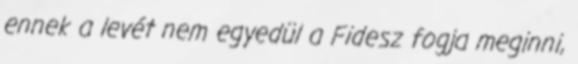
ennek a levét nem egyedül a Fidesz fogja meginni,